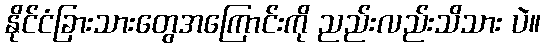
နိုင်ငံခြားသားတွေအကြောင်းကို ညည်းလည်းသိသား ပဲ။